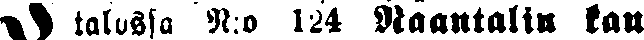
# talissa N:o 124 Naantalin kau